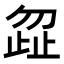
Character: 𭭩